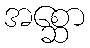
အစ္ဆော